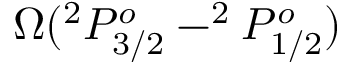
\Omega ( ^ { 2 } P _ { 3 / 2 } ^ { o } - ^ { 2 } P _ { 1 / 2 } ^ { o } )